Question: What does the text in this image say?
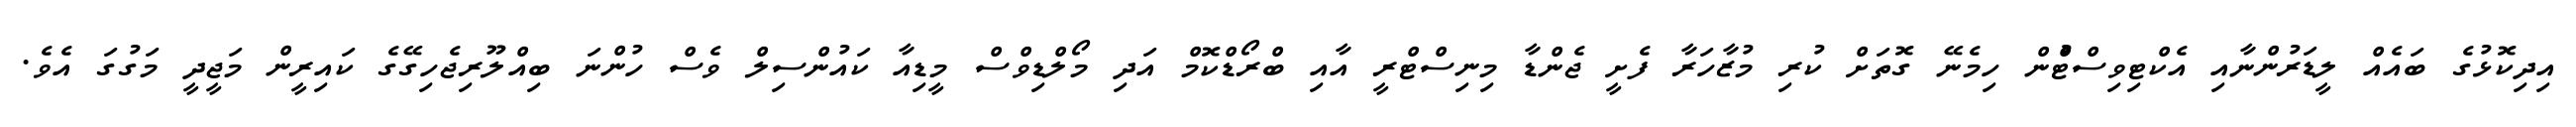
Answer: އިދިކޮޅުގެ ބައެއް ލީޑަރުންނާއި އެކްޓިވިސްޓްުން ހިމެނޭ ގޮތަށް ކުރި މުޒާހަރާ ފެށީ ޖެންޑާ މިނިސްޓްރީ އާއި ބްރޯޑްކޮމް އަދި މޯލްޑިވްސް މީޑިއާ ކައުންސިލް ވެސް ހުންނަ ބިއްލޫރިޖެހިގޭގެ ކައިރީން މަޖީދީ މަގުގަ އެވެ.